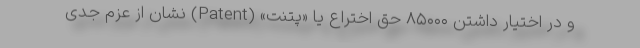
و در اختیار داشتن ۸۵۰۰۰ حق اختراع یا «پتنت» (Patent) نشان از عزم جدی